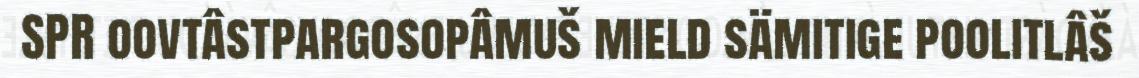
SPR oovtâstpargosopâmuš mield sämitige poolitlâš